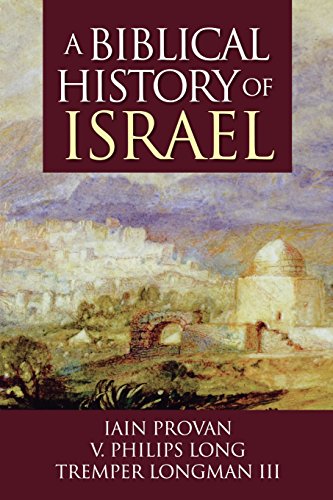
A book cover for A Biblical History of Israel; Iain Provan; History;